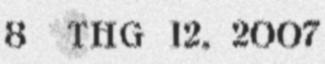
8 Thg 12, 2007